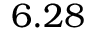
6 . 2 8